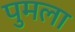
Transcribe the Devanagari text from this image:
पुमला